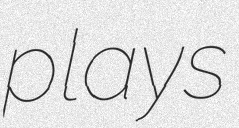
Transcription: plays